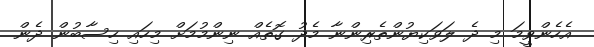
އެހެންވީމަ މި ދެ ލަވަކިޔުންތެރިންނާ މެދު ގޮތެއް ނިންމުމަށް މިހައި ހިސާބުން ދެން